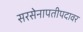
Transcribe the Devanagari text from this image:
सरसेनापतीपदावर